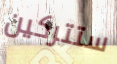
ستتركين